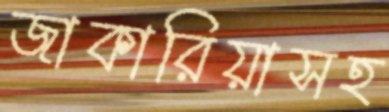
জাকারিয়াসহ